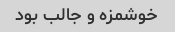
خوشمزه و جالب بود